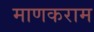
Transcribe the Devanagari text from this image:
माणकराम